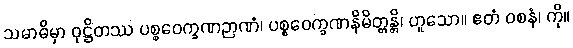
သမာဓိမှာ ဝုဋ္ဌိတဿ ပစ္စဝေက္ခဏဉာဏံ၊ ပစ္စဝေက္ခဏနိမိတ္တန္တိ၊ ဟူသော။ ဧတံ ဝစနံ၊ ကို။